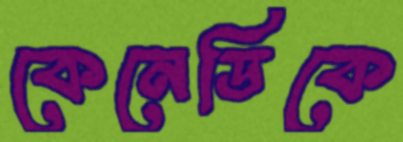
কেনেডিকে